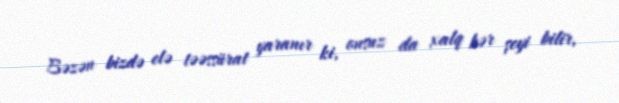
Bəzən bizdə elə təəssürat yaranır ki, onsuz da xalq hər şeyi bilir,